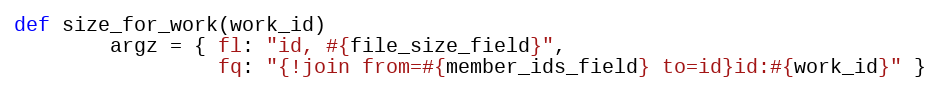
Language: Ruby
def size_for_work(work_id)
        argz = { fl: "id, #{file_size_field}",
                 fq: "{!join from=#{member_ids_field} to=id}id:#{work_id}" }